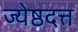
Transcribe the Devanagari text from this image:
ज्येष्ठदत्त